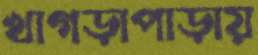
খাগড়াপাড়ায়